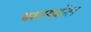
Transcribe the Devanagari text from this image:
घशामधील